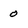
Character: 0